Civil Veterinary Department. Madras. Admin. report 1926-33 - 1926-1933
Year: 1926
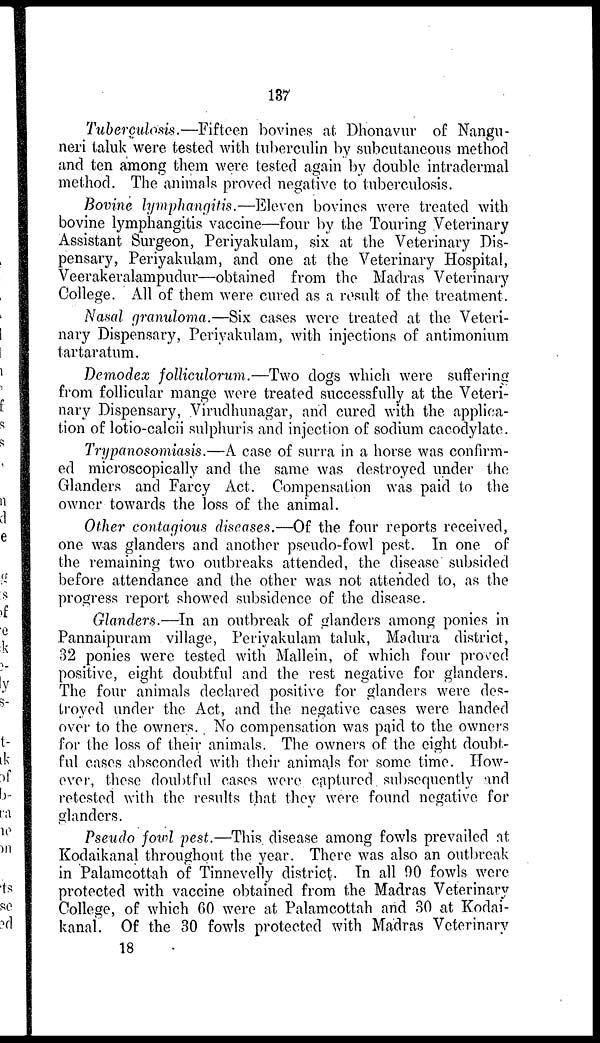
137
Tuberculosis.—Fifteen bovines at Dhonavur of Nangu-
neri taluk were tested with tuberculin by subcutaneous method
and ten among them were tested again by double intradermal
method. The animals proved negative to tuberculosis.
Bovine lymphangitis.—Eleven bovines were treated with
bovine lymphangitis vaccine—four by the Touring Veterinary
Assistant Surgeon, Periyakulam, six at the Veterinary Dis-
pensary, Periyakulam, and one at the Veterinary Hospital,
Veerakeralampudur—obtained from the Madras Veterinary
College. All of them were cured as a result of the treatment.
Nasal granuloma.—Six cases were treated at the Veteri-
nary Dispensary, Periyakulam, with injections of antimonium
tartaratum.
Demodex folliculorum.—Two dogs which were suffering
from follicular mange were treated successfully at the Veteri-
nary Dispensary, Virudhunagar, and cured with the applica-
tion of lotio-calcii sulphuris and injection of sodium cacodylate.
Trypanosomiasis.—A case of surra in a horse was confirm-
ed microscopically and the same was destroyed under the
Glanders and Farcy Act. Compensation was paid to the
owner towards the loss of the animal.
Other contagious diseases.—Of the four reports received,
one was glanders and another pseudo-fowl pest. In one of
the remaining two outbreaks attended, the disease subsided
before attendance and the other was not attended to, as the
progress report showed subsidence of the disease.
Glanders.—In an outbreak of glanders among ponies in
Pannaipuram village, Periyakulam taluk, Madura district,
32 ponies were tested with Mallein, of which four proved
positive, eight doubtful and the rest negative for glanders.
The four animals declared positive for glanders were des-
troyed under the Act, and the negative cases were handed
over to the owners. No compensation was paid to the owners
for the loss of their animals. The owners of the eight doubt-
ful cases absconded with their animals for some time. How-
ever, these doubtful cases were captured subsequently and
retested with the results that they were found negative for
glanders.
Pseudo fowl pest.—This disease among fowls prevailed at
Kodaikanal throughout the year. There was also an outbreak
in Palamcottah of Tinnevelly district. In all 90 fowls were
protected with vaccine obtained from the Madras Veterinary
College, of which 60 were at Palamcottah and 30 at Kodai-
kanal. Of the 30 fowls protected with Madras Veterinary
18